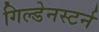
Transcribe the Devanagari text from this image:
गिल्डेनस्टर्न